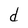
Character: d